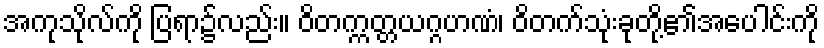
အကုသိုလ်ကို ပြရာ၌လည်း။ ဝိတက္ကတ္တယဂ္ဂဟဏံ၊ ဝိတက်သုံးခုတို့၏အပေါင်းကို